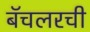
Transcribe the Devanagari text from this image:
बॅचलरची